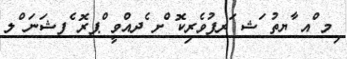
ިމ ްއ ާޔތު ަޝ ަރފުވެރިކޮ ްށ ެދއްވީ ްޕރޮ ެފޝަނަ ްލ